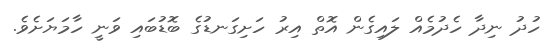
ހުދު ނިދާ ހެދުމެއް ލައިގެން އޮތް އިރު ހަށިގަނޑުގެ ބޮޑުބައި ވަނީ ހާމަޔަށެވެ.